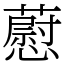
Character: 藯